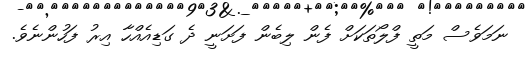
ނަމަވެސް މަތީ ފްލޯތަކަށް ފެން ލިބެން ފަށަނީ ދެ ގަޑިއެއްހާ އިރު ފަހުންނެވެ.